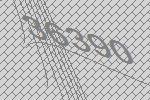
36390